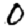
Digit: 0